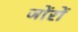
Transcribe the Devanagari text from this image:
जोंरों